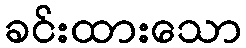
ခင်းထားသော